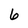
Character: 6